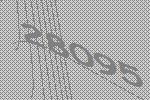
28095